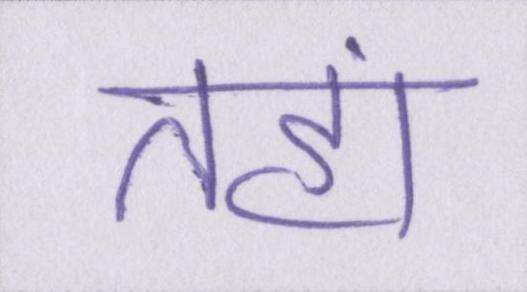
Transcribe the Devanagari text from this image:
तहां